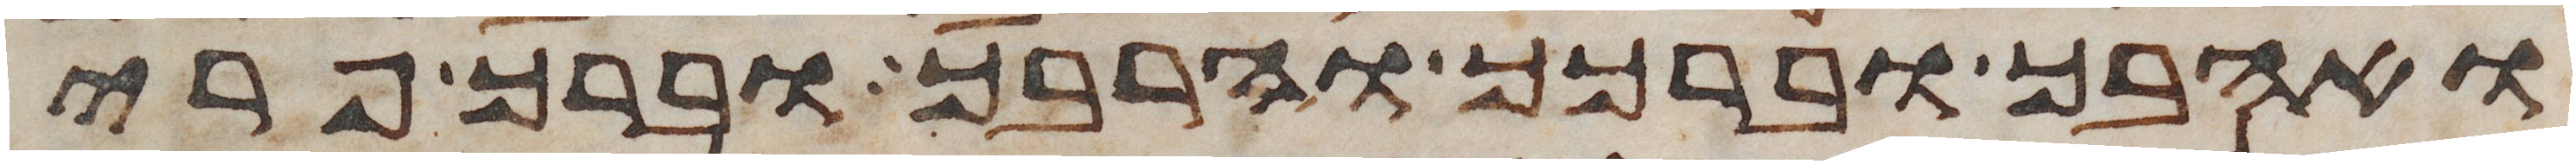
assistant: ואהבך וברכך והרבך וברך פרי